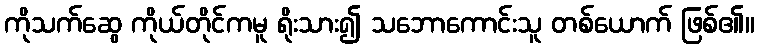
ကိုသက်ဆွေ ကိုယ်တိုင်ကမူ ရိုးသား၍ သဘောကောင်းသူ တစ်ယောက် ဖြစ်၏။